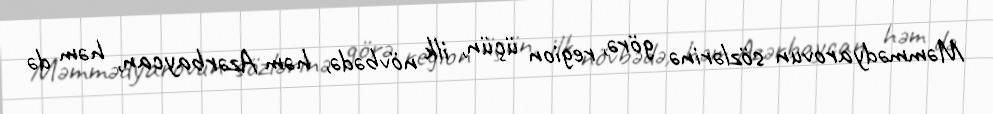
Məmmədyarovun sözlərinə görə, region üçün, ilk növbədə, həm Azərbaycan, həm də